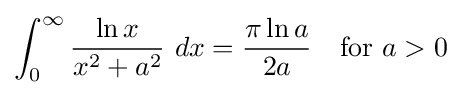
\int _{0}^{\infty }{\frac {\ln x}{x^{2}+a^{2}}}\ dx={\frac {\pi \ln a}{2a}}\quad {\text{for }}a>0